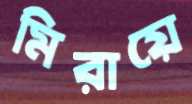
মিরায়ে